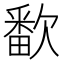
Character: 𬅱